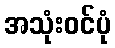
အသုံးဝင်ပုံ